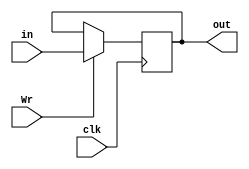
module regr (
    input clk,
    input Wr,
    input wire [N-1:0] in,
    output reg [N-1:0] out);

    parameter N = 1;
    initial begin
        out = 32'h00000000;
    end

    always @(negedge clk) begin
        if (Wr)
            out <= in;
        else
            out <= out;
    end
    
endmodule